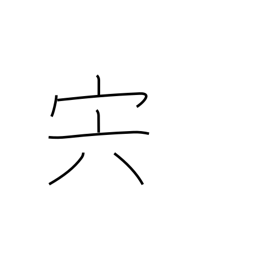
Meaning: meat